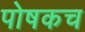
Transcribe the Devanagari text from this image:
पोषकच